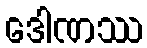
ဒေါဏဿ